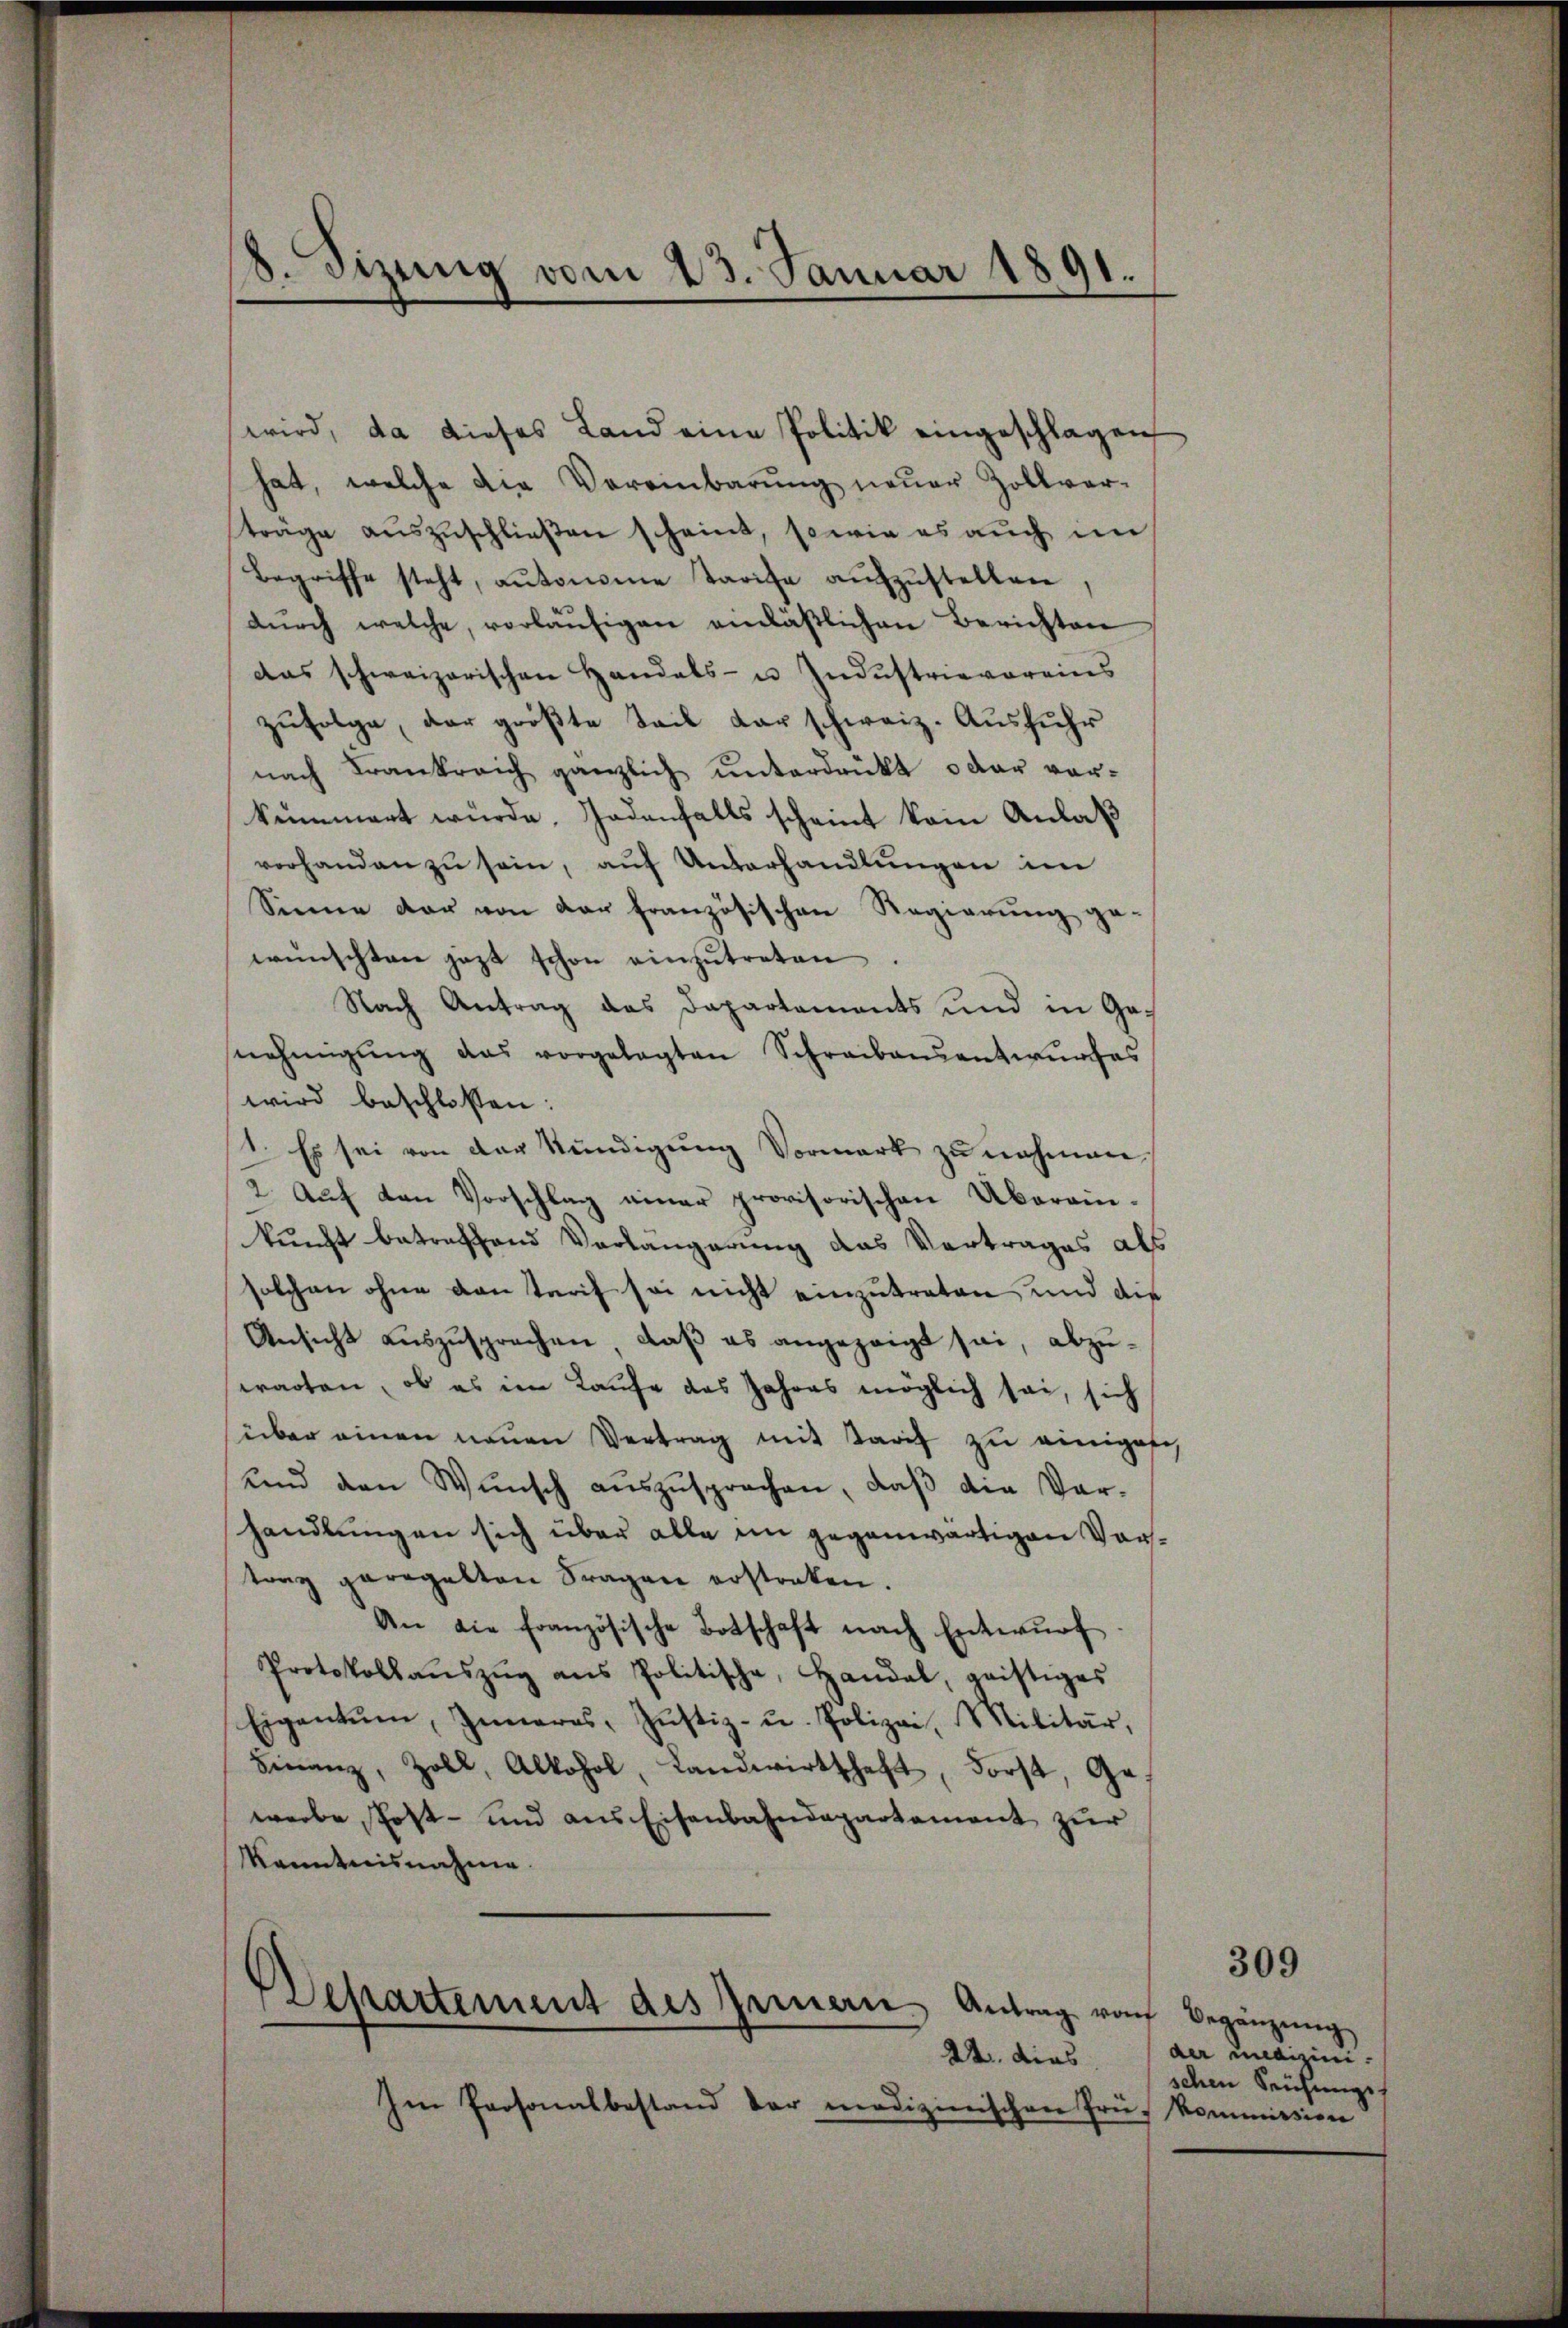
wird, da dieses Land eine Politik eingeschlagen,
hat, welche die Vereinbarŭng neŭer Zollver-
träge aŭszŭschließen scheint, sowie es auch im
Begriffe steht, aŭsomme Tarife aŭfzŭstellen
dŭrch welche, vorläŭfigen einläβlichen Berichten
das schweizerischen Handels- u. Industrievereins
zufolge, der größte Teil dar schweiz. Ausfuhr
nach Frankreich gänzlich unterdrükt oder vorkümmert würde. Jedenfalls scheint kein Anlaß
vorhanden zu sein, auf Unterhandlungen im
Sinne dar von der französischen Regierung gewünschten jezt schon einzŭtreten.
Nach Antrag das Dapartaments und in Ge-
nehmigŭng das vorgelegten Schreibensantwŭrfes
wird beschlossen:
1. Es sei von der Kündigung Vormark zu nehmen
2. Auf den Vorschlag einer provisorischen Übereinkunft betreffend Vorlängerung das Vertrages als
solchen ohne ventarif sei nicht einzutreten, und die
Ansicht auszusprechen, daß es angezeigt sei, abzuwarten, ob es im Laufe des Jahres möglich sei, sich
über einen neŭen Vertrag mit Tarif zu einiges,
ŭnd den Wŭnsch aŭszŭsprochen, daβ die Vor-
handlungen sich über alle im gegenwärtigen Vortrag geregelten Fragen erstorten.
An die französische Botschaft nach Entwŭrf.
Protokollaŭszŭg ans Politische, Handal, geistiges
Eigentum, Inneres, Justiz- u. Polizei, Militär,
Finanz, Zoll, Alkohol, Landwirtschaft, Forst, Gewerbe Post- und aus Eisenbahndepartement zur
kanntnisnahme.
Departement des Zeinern Antrag von Begänzŭng
22. dies
Im Personalbestand der medizinischen Frü- Kommission

8. Sizung vom 23. Januar 1891.

309

der undizinischen Reichungs